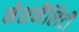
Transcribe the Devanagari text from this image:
नेशनैलिटी